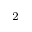
_ { 2 }